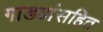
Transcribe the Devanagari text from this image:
गाड्यांसहित